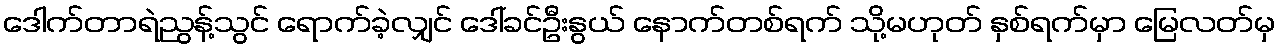
ဒေါက်တာရဲညွန့်သွင် ရောက်ခဲ့လျှင် ဒေါ်ခင်ဦးနွယ် နောက်တစ်ရက် သို့မဟုတ် နှစ်ရက်မှာ မြေလတ်မှ